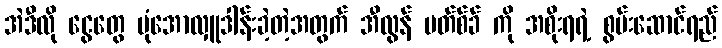
အဲဒီလို ငွေတွေ ပုံအောလှူဒါန်းခဲ့တဲ့အတွက် အီလွန် မတ်စ်ခ် ကို အစိုးရရဲ့ စွမ်းဆောင်ရည်